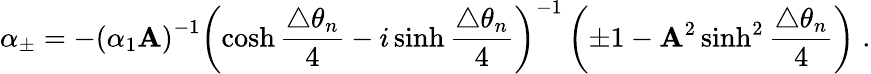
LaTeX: \alpha_{\pm}=-\left(\alpha_{1}\mathbf{A}\right)^{-1}\left(\cosh\frac{{\triangle\theta_{n}}}{{4}}-i\sinh\frac{{\triangle\theta_{n}}}{{4}}\right)^{-1}\left(\pm1-\mathbf{A}^{2}\sinh^{2}\frac{{\triangle\theta_{n}}}{{4}}\right)\; .